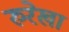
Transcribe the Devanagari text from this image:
रुरेखा